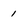
Character: 1